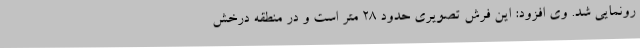
رونمایی شد. وی افزود: این فرش تصویری حدود 28 متر است و در منطقه درخش